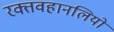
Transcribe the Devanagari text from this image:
रक्तवहानलियों